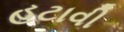
હટાવી